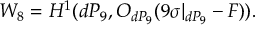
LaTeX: W _ { 8 } = H ^ { 1 } ( d P _ { 9 } , { \cal O } _ { d P _ { 9 } } ( 9 \sigma | _ { d P _ { 9 } } - F ) ) .